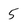
Character: 5